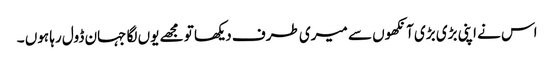
اس نے اپنی بڑی بڑی آنکھوں سے میری طرف دیکھا تو مجھے یوں لگا جہان ڈول رہا ہوں ۔